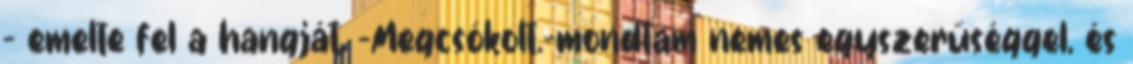
- emelte fel a hangját. -Megcsókolt.-mondtam nemes egyszerűséggel, és